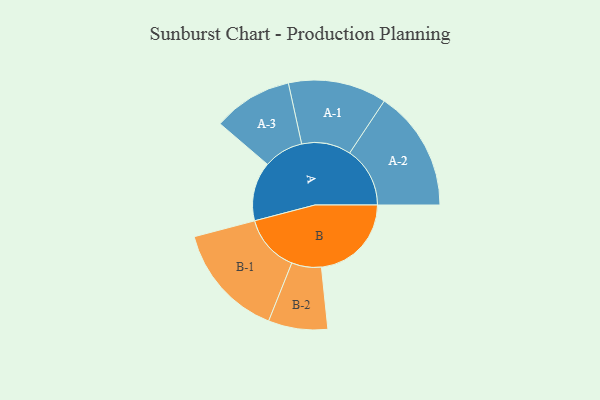
{"axis": {"x": "Segment", "y": "Value"}, "legend": ["", "A", "B"], "data": [{"x": "A", "y": 293, "type": ""}, {"x": "B", "y": 446, "type": ""}, {"x": "A-1", "y": 244, "type": "A"}, {"x": "A-2", "y": 299, "type": "A"}, {"x": "A-3", "y": 197, "type": "A"}, {"x": "B-1", "y": 284, "type": "B"}, {"x": "B-2", "y": 147, "type": "B"}]}